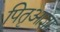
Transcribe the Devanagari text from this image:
पितृआज्ञा